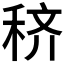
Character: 𰨦